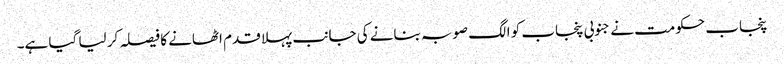
پنجاب حکومت نے جنوبی پنجاب کو الگ صوبہ بنانے کی جانب پہلا قدم اٹھانے کا فیصلہ کر لیا گیا ہے۔